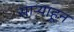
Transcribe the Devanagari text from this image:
साऱ्याहून